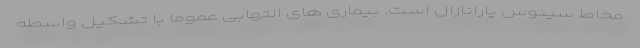
مخاط سینوس پارانازال است. بیماری های التهابی عموما با تشکیل واسطه